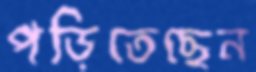
পড়িতেছেন